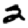
Digit: 2